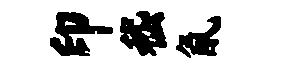
印嵇氤